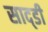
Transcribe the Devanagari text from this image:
साद्डी